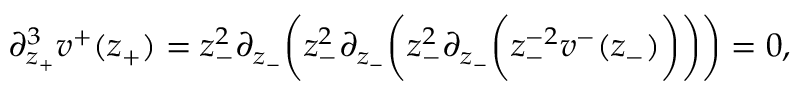
\partial _ { z _ { + } } ^ { 3 } v ^ { + } ( z _ { + } ) = z _ { - } ^ { 2 } \partial _ { z _ { - } } \bigg ( z _ { - } ^ { 2 } \partial _ { z _ { - } } \bigg ( z _ { - } ^ { 2 } \partial _ { z _ { - } } \bigg ( z _ { - } ^ { - 2 } v ^ { - } ( z _ { - } ) \bigg ) \bigg ) \bigg ) = 0 ,